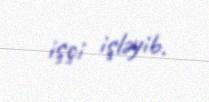
işçi işləyib.